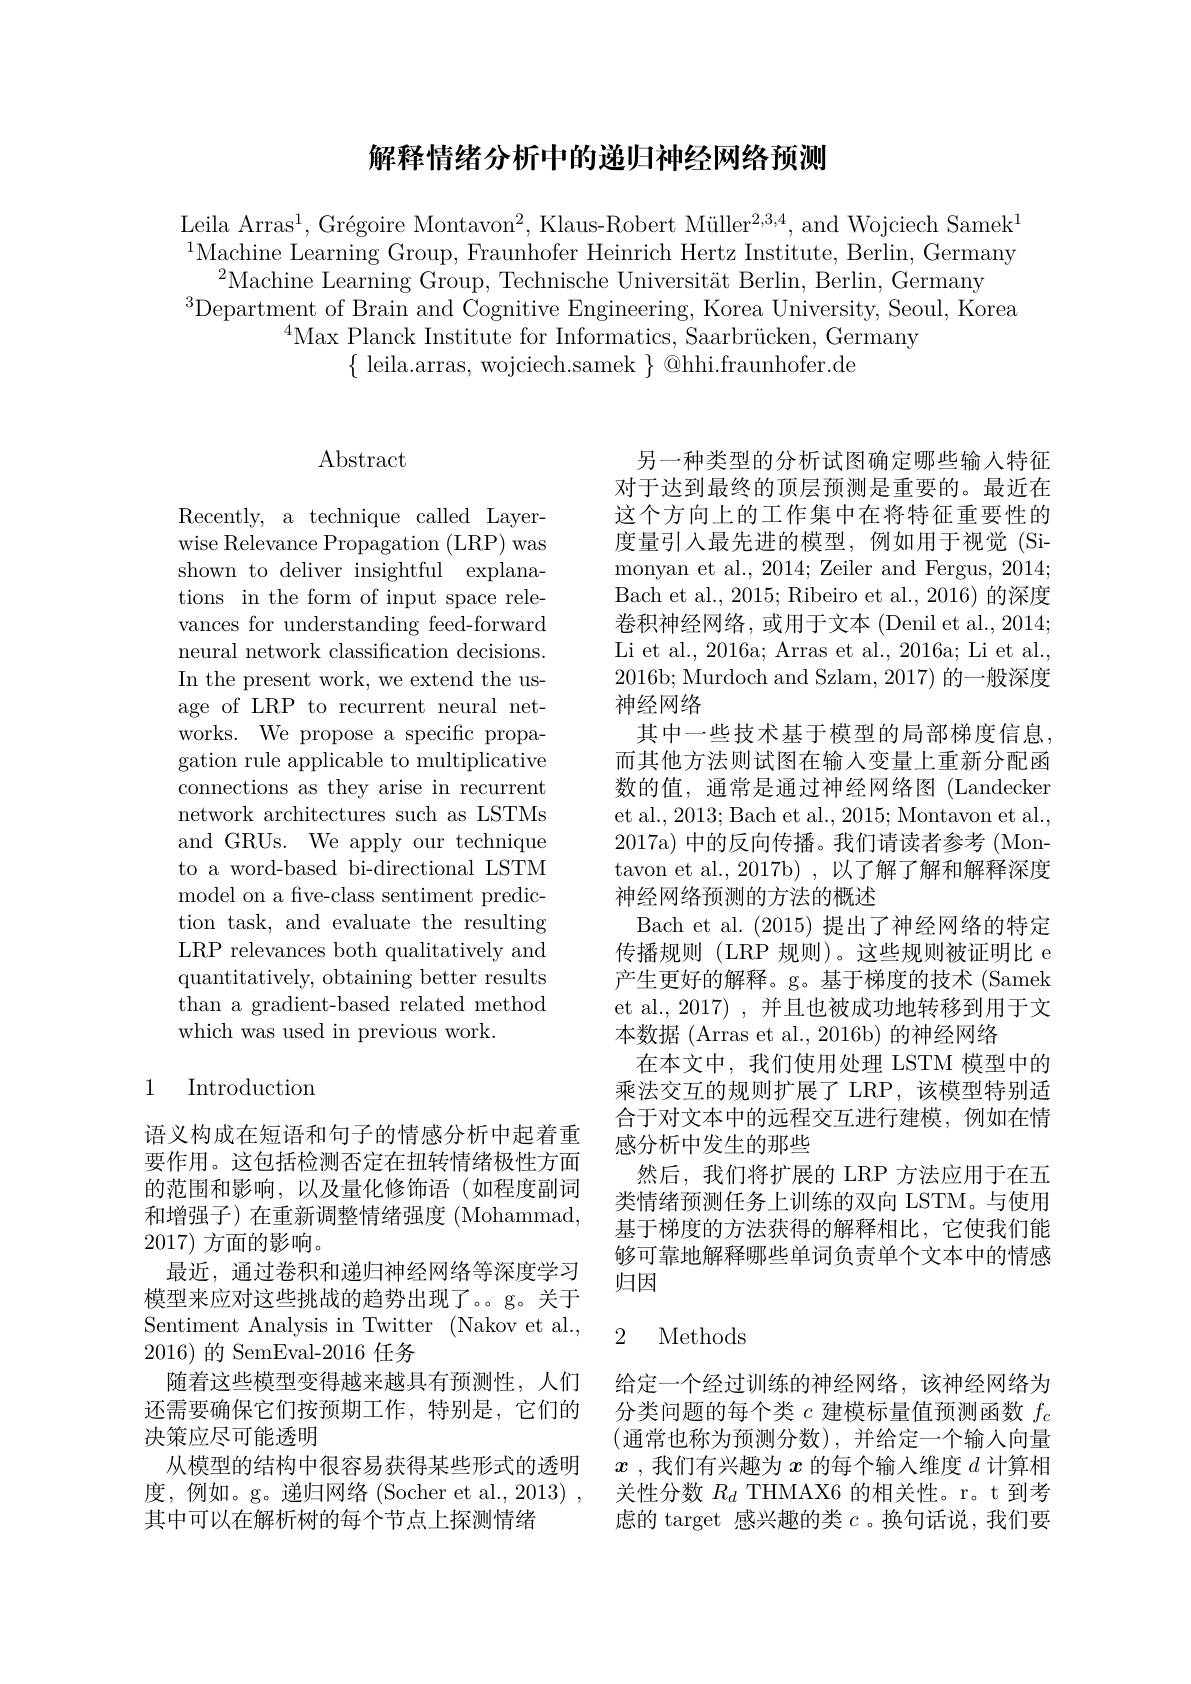
### 解释情绪分析中的递归神经网络预测

Leila Arras$^1,\text{Gr\'{e}goireMontavon}^2$,Klaus-Robert Müller$^2,3,4$,and Wojciech Samek$^1$ $^{1}$Machine Learning Group, Fraunhofer Heinrich Hertz Institute, Berlin, Germany
$^{2}$Machine Learning Group, Technische Universität Berlin, Berlin, Germany
$^{3}$Department of Brain and Cognitive Engineering, Korea University, Seoul, Korea
$^{4}$Max Planck Institute for Informatics, Saarbrücken, Germany
$\{$ leila.arras, wojciech.samek $\}$ @hhi.fraunhofer.de

## $\operatorname{Abstract}$

Recently, a technique called Layerwise Relevance Propagation (LRP) was shown to deliver insightful explanations in the form of input space relevances for understanding feed-forward neural network classification decisions. In the present work, we extend the usage of LRP to recurrent neural networks. We propose a specific propagation rule applicable to multiplicative connections as they arise in recurrent network architectures such as LSTMs and GRUs. We apply our technique to a word-based bi-directional LSTM model on a five-class sentiment prediction task, and evaluate the resulting LRP relevances both qualitatively and quantitatively, obtaining better results than a gradient-based related method which was used in previous work.

### 1 Introduction

语义构成在短语和句子的情感分析中起着重要作用。这包括检测否定在扭转情绪极性方面的范围和影响，以及量化修饰语(如程度副词和增强子)在重新调整情绪强度(Mohammad, 2017)方面的影响。
最近，通过卷积和递归神经网络等深度学习模型来应对这些挑战的趋势出现了。。g。关于Sentiment Analysis in Twitter (Nakov et al., 2016)的 SemEval-2016 任务
随着这些模型变得越来越具有预测性，人们还需要确保它们按预期工作，特别是，它们的决策应尽可能透明
从模型的结构中很容易获得某些形式的透明 $x$ ,我们有兴趣为$x$的每个输入维度$d$计算相度，例如。g。递归网络(Socher et al.,2013) , 关性分数$R_d$ THMAX6 的相关性。r。t 到考其中可以在解析树的每个节点上探测情绪

另一种类型的分析试图确定哪些输人特征对于达到最终的顶层预测是重要的。最近在这个方向上的工作集中在将特征重要性的度量引入最先进的模型，例如用于视觉(Simonyan et al., 2014; Zeiler and Fergus, 2014; Bach et al., 2015; Ribeiro et al., 2016) 的深度卷积神经网络，或用于文本 (Denil et al., 2014; Li et al., 2016a; Arras et al., 2016a; Li et al., 2016b; Murdoch and Szlam, 2017) 的一般深度神经网络
其中一些技术基于模型的局部梯度信息而其他方法则试图在输入变量上重新分配函数的值，通常是通过神经网络图 (Landecker et al., 2013; Bach et al., 2015; Montavon et al., 2017a) 中的反向传播。我们请读者参考(Montavon et al., 2017b) , 以了解了解和解释深度神经网络预测的方法的概述
Bach et al. (2015) 提出了神经网络的特定传播规则 (LRP 规则)。这些规则被证明比 e 产生更好的解释。g。基于梯度的技术 (Samek et al.,2017) ,并且也被成功地转移到用于文本数据 (Arras et al., 2016b) 的神经网络
在本文中，我们使用处理 LSTM 模型中的乘法交互的规则扩展了 LRP, 该模型特别适合于对文本中的远程交互进行建模，例如在情感分析中发生的那些
然后，我们将扩展的 LRP 方法应用于在五类情绪预测任务上训练的双向 LSTM。与使用基于梯度的方法获得的解释相比，它使我们能够可靠地解释哪些单词负责单个文本中的情感归因

### 2 Methods

给定一个经过训练的神经网络，该神经网络为分类问题的每个类$c$建模标量值预测函数$f_c$ (通常也称为预测分数),并给定一个输入向量虑的 target 感兴趣的类$c$ 。换句话说，我们要